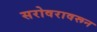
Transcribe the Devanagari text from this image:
सरोवरावरून